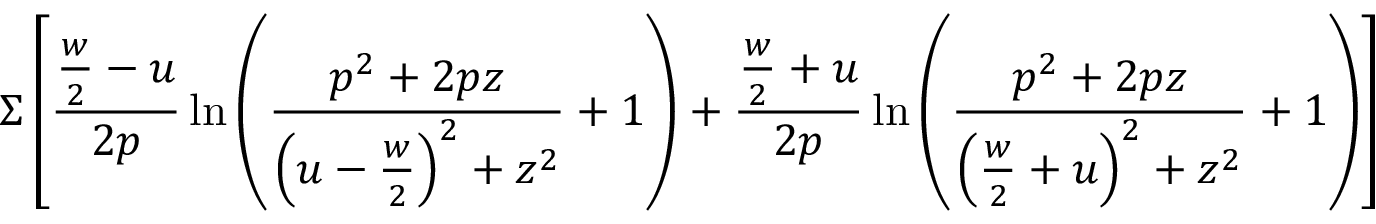
\Sigma \left[ \frac { \frac { w } { 2 } - u } { 2 p } \ln \left( \frac { p ^ { 2 } + 2 p z } { \left( u - \frac { w } { 2 } \right) ^ { 2 } + z ^ { 2 } } + 1 \right) + \frac { \frac { w } { 2 } + u } { 2 p } \ln \left( \frac { p ^ { 2 } + 2 p z } { \left( \frac { w } { 2 } + u \right) ^ { 2 } + z ^ { 2 } } + 1 \right) \right]